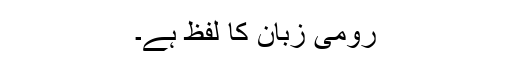
رومی زبان کا لفظ ہے۔